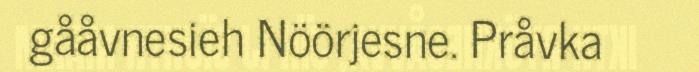
gååvnesieh Nöörjesne. Pråvka